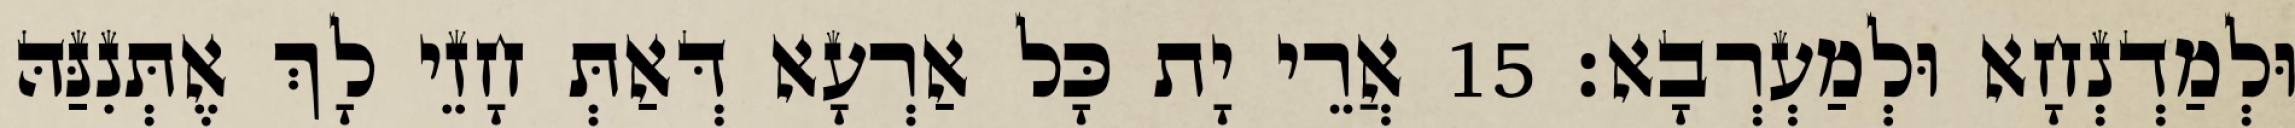
וּלְמַדְנְחָא וּלְמַעְרְבָא׃ 15 אֲרֵי יָת כָּל אַרְעָא דְּאַתְּ חָזֵי לָךְ אֶתְּנִנַּהּ